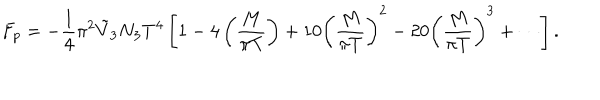
F _ { p } = - \frac { 1 } { 4 } \pi ^ { 2 } \tilde { V } _ { 3 } N _ { 3 } T ^ { 4 } \left[ 1 - 4 \left( \frac { M } { \pi T } \right) + 1 0 \left( \frac { M } { \pi T } \right) ^ { 2 } - 2 0 \left( \frac { M } { \pi T } \right) ^ { 3 } + \cdots \right] .